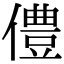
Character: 僼